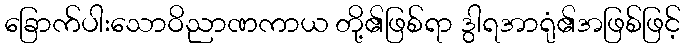
ခြောက်ပါးသောဝိညာဏကာယ တို့၏ဖြစ်ရာ ဒွါရအာရုံ၏အဖြစ်ဖြင့်